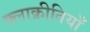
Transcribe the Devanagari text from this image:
क्लाक्रीतियाँ